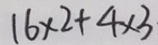
1 6 \times 2 + 4 \times 3